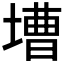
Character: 𡐋